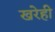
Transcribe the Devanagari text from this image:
खरेही